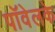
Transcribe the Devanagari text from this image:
पॉवेलके